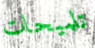
تلميحات